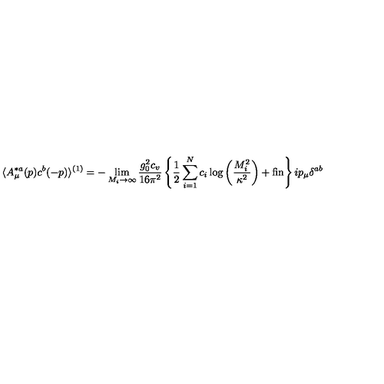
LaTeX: \langle A _ { \mu } ^ { * a } ( p ) c ^ { b } ( - p ) \rangle ^ { ( 1 ) } = - \lim _ { M _ { i } \rightarrow \infty } \frac { g _ { 0 } ^ { 2 } c _ { v } } { 1 6 \pi ^ { 2 } } \left\{ \frac { 1 } { 2 } \sum _ { i = 1 } ^ { N } c _ { i } \log \left( \frac { M _ { i } ^ { 2 } } { \kappa ^ { 2 } } \right) + \mathrm { f i n } \right\} i p _ { \mu } \delta ^ { a b }